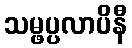
သမ္ဖပ္ပလာပိနီ